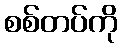
စစ်တပ်ကို